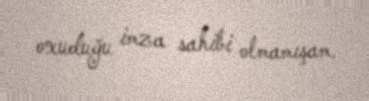
oxuduğu imza sahibi olmamışam.